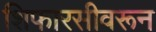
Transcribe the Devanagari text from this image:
शिफारसीवरून